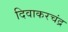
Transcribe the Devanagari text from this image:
दिवाकरचंद्र